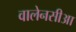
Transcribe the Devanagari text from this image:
वालेनसीआ